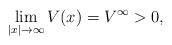
LaTeX: \begin{align*} \lim_{|x| \to \infty} V(x) = V^\infty > 0,\end{align*}